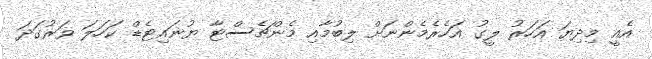
އެއީ މިދިޔަ އަހަރު ލީގު އަހެރެމެންނަށް ލިބުމާއި މެންޗެސްޓާ ޔުނައިޓެޑް ކަހަލަ ވަރުގަދަ